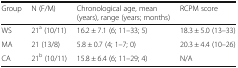
<table><thead><tr><td><b>Group</b></td><td><b>N (F/M)</b></td><td><b>Chronological age, mean (years), range (years; months)</b></td><td><b>RCPM score</b></td></tr></thead><tbody><tr><td>WS</td><td>21<sup>a</sup> (10/11)</td><td>16.2 ± 7.1 (6; 11–33; 5)</td><td>18.3 ± 5.0 (13–33)</td></tr><tr><td>MA</td><td>21 (13/8)</td><td>5.8 ± 0.7 (4; 1–7; 0)</td><td>20.3 ± 4.4 (10–26)</td></tr><tr><td>CA</td><td>21<sup>b</sup> (10/11)</td><td>15.8 ± 6.4 (6; 11–29; 4)</td><td>N/A</td></tr></tbody></table>